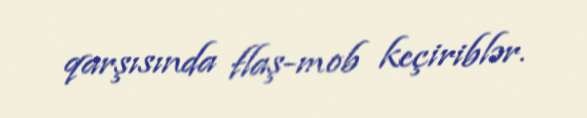
qarşısında flaş-mob keçiriblər.